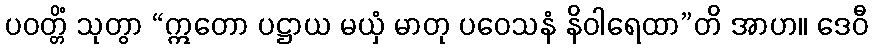
ပဝတ္တိံ သုတွာ “ဣတော ပဋ္ဌာယ မယှံ မာတု ပဝေသနံ နိဝါရေထာ”တိ အာဟ။ ဒေဝီ